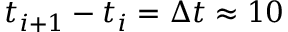
t _ { i + 1 } - t _ { i } = \Delta t \approx 1 0